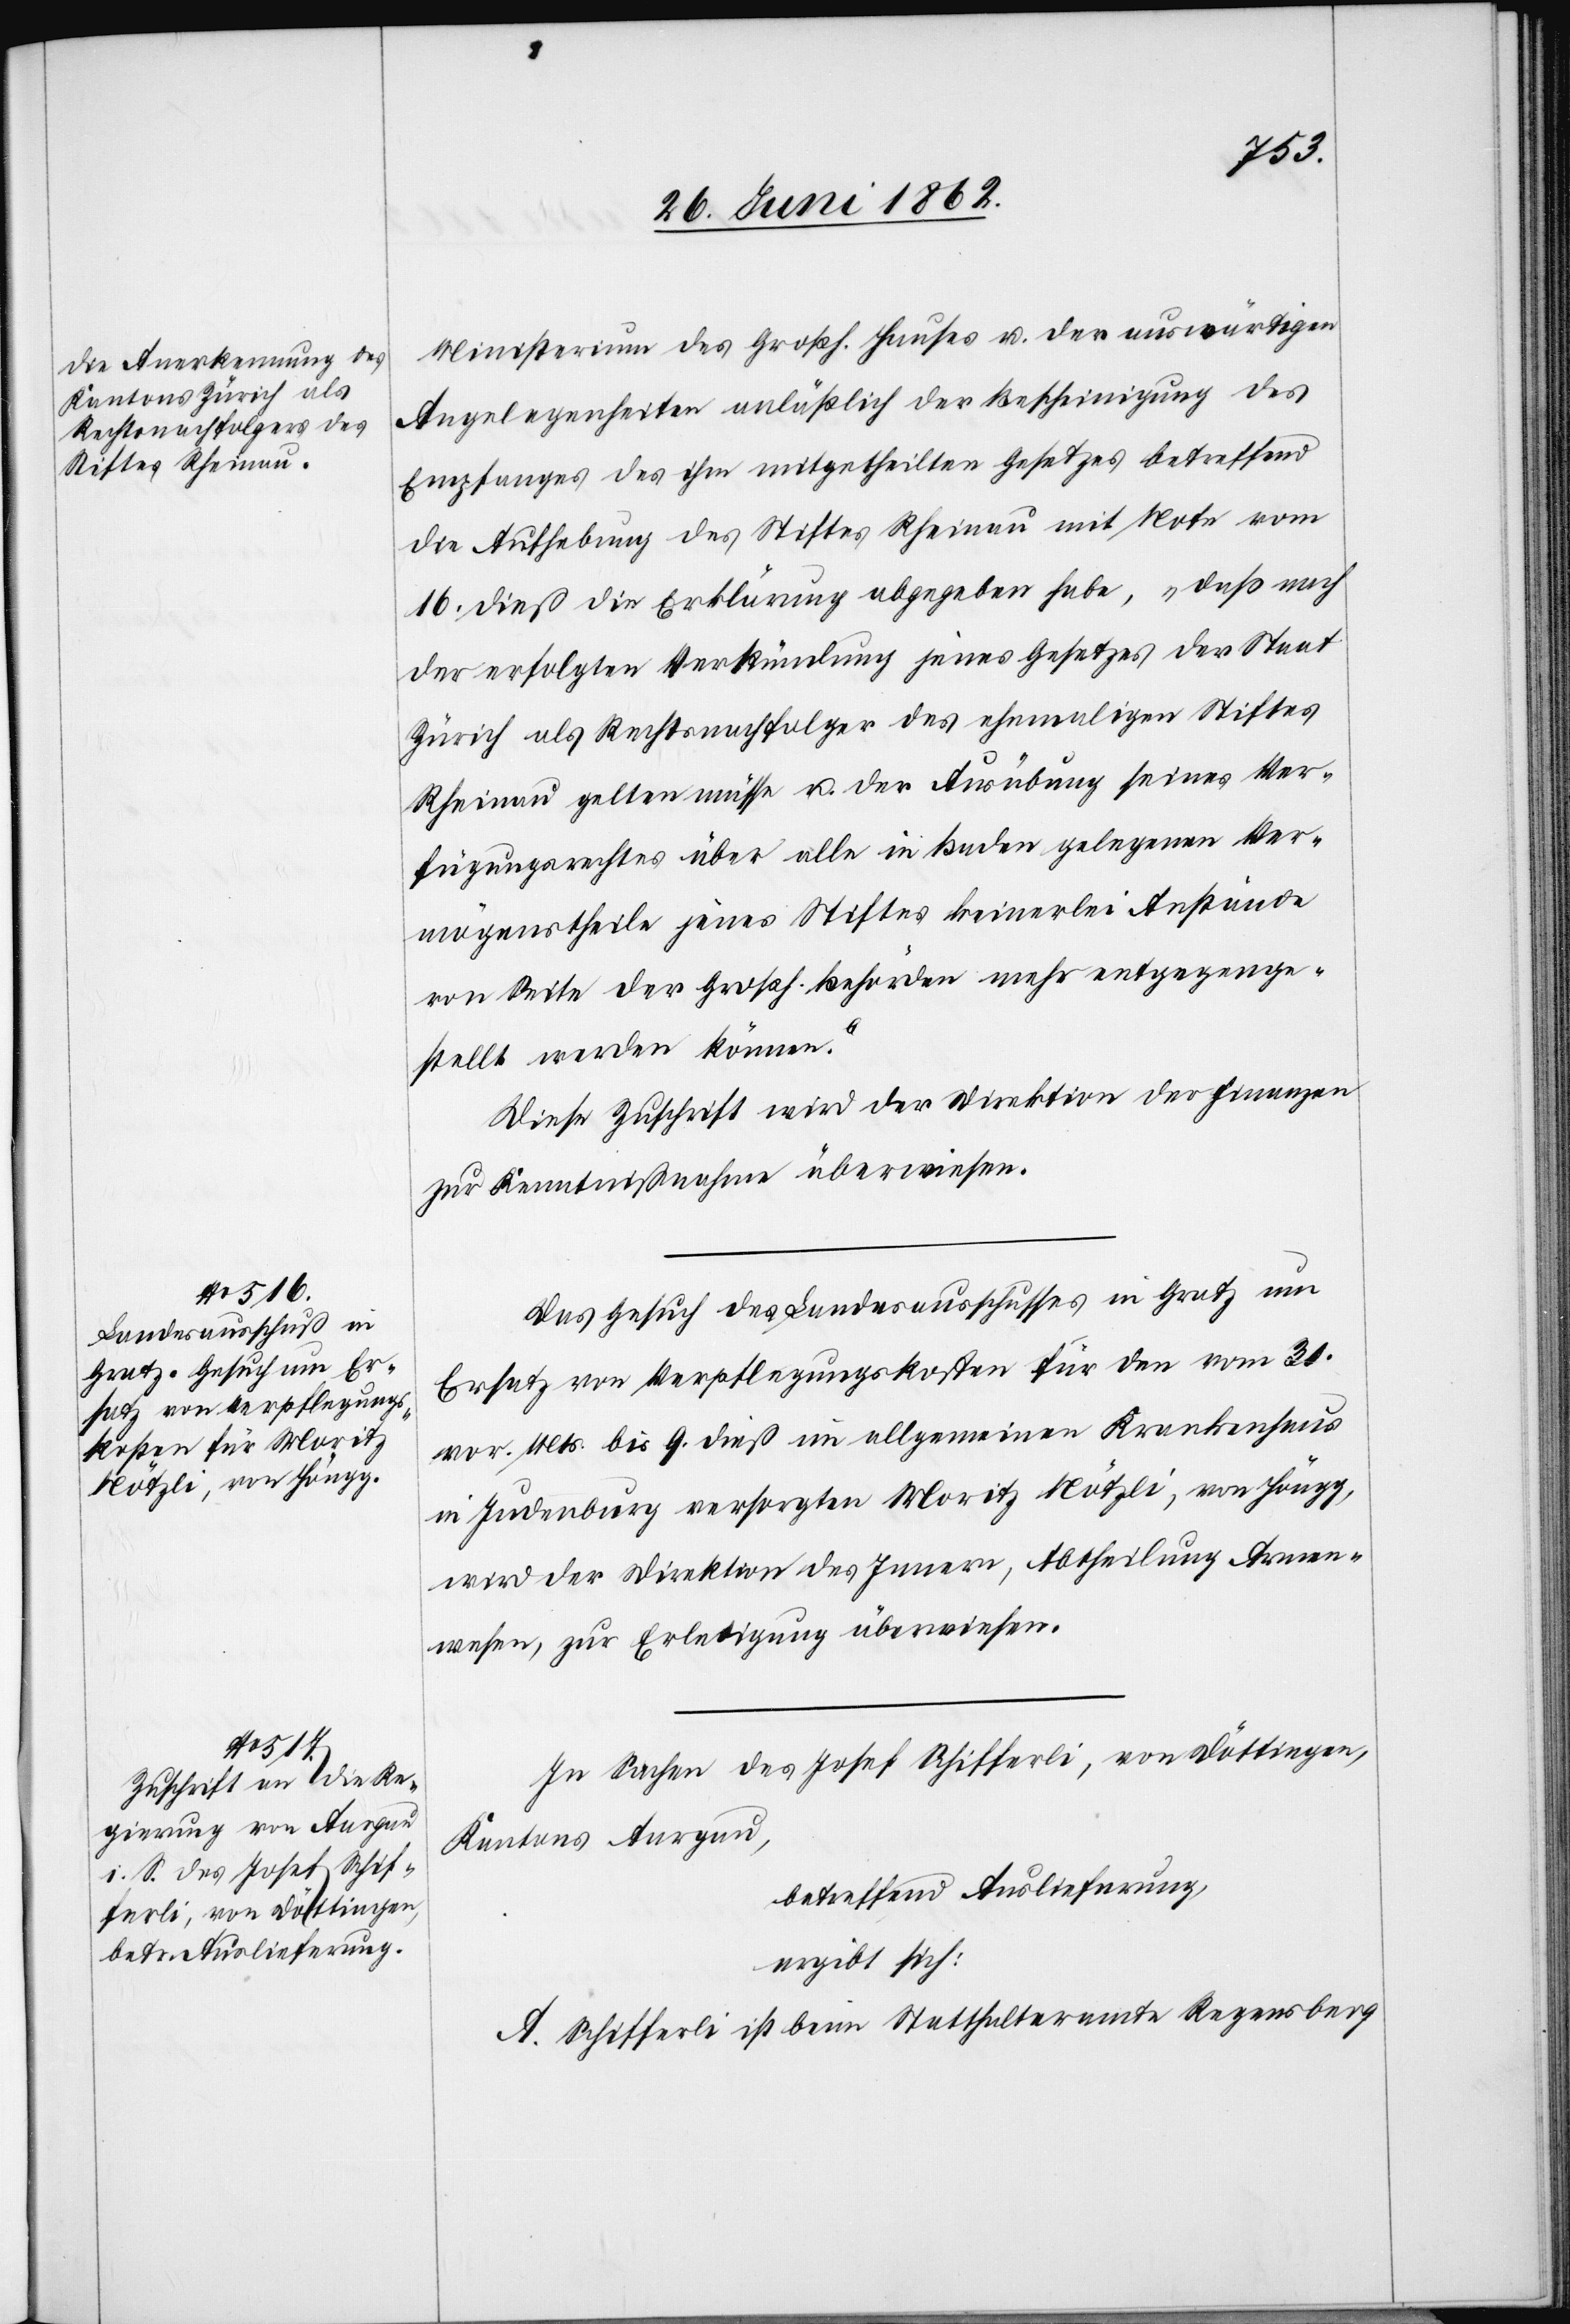
Ministerium des Großh. Hauses u. der auswärtigen
Angelegenheiten anläßlich der Bescheinigung des
Empfanges des ihm mitgetheilten Gesetzes betreffend
die Aufhebung des Stiftes Rheinau mit Note vom
16. dieß die Erklärung abgegeben habe, „daß nach
der erfolgten Verkündung jenes Gesetzes der Staat
Zürich als Rechtsnachfolger des ehemaligen Stiftes
Rheinau gelten müsse u. der Ausübung seines Ver¬
fügungsrechtes über alle in Baden gelegenen Ver¬
mögenstheile jenes Stiftes keinerlei Anstände
von Seite der Großh. Behörden mehr entgegenge¬
stellt werden können.“
Diese Zuschrift wird der Direktion der Finanzen
zur Kenntnißnahme überwiesen.
Das Gesuch des Landesauschusses in Gratz um
Ersatz von Verpflegungskosten für den vom 31.
vor. Mts. bis 9. dieß im allgemeinen Krankenhaus
in Judenburg versorgten Moritz Nötzli, von Höngg,
wird der Direktion des Innern, Abtheilung Armen¬
wesen, zur Erledigung überwiesen.
In Sachen des Josef Schifferli, von Döttingen,
Kantons Aargau,
betreffend Auslieferung,
ergibt sich:
A. Schifferli ist beim Statthalteramte Regensberg